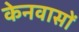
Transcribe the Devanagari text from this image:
केनवासों